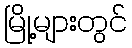
မြို့များတွင်